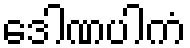
ဒေါဏပါကံ